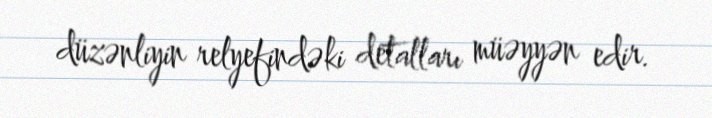
düzənliyin relyefindəki detalları müəyyən edir.